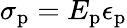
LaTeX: \sigma_{\mathrm{p}}=E_{\mathrm{p}}\epsilon_{\mathrm{p}}